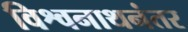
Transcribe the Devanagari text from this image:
विश्वनाथनंतर